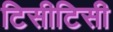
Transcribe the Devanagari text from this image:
टिसीटिसी